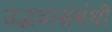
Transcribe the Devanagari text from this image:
उद्भवासंबंधी